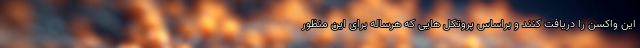
این واکسن را دریافت کنند و براساس پروتکل هایی که هرساله برای این منظور